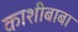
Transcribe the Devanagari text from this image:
काशीबाबा